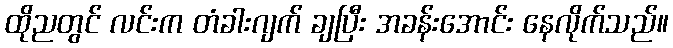
ထိုညတွင် လင်းက တံခါးဂျက် ချပြီး အခန်းအောင်း နေလိုက်သည်။